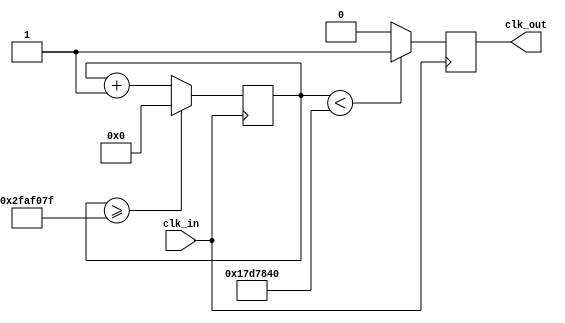

module clock_divider(
input clk_in,
output reg clk_out
);
reg[27:0] counter=28'd0;
parameter DIVISOR = 28'd50000000;

always @(posedge clk_in)
begin
 counter <= counter + 28'd1;
 if(counter>=(DIVISOR-1))
  counter <= 28'd0;
 clk_out <= (counter<DIVISOR/2)?1'b1:1'b0;
end
endmodule